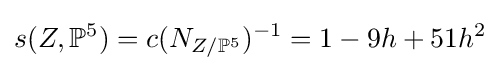
s(Z,\mathbb {P} ^{5})=c(N_{Z/\mathbb {P} ^{5}})^{-1}=1-9h+51h^{2}